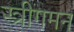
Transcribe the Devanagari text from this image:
स्त्रीगमन